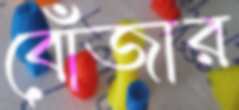
বোঁজার